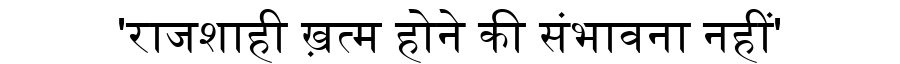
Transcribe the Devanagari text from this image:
'राजशाही ख़त्म होने की संभावना नहीं'